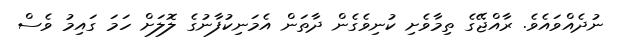
ނުދެއްވައެވެ. ރާއްޖޭގެ ތިމާވެށި ކުނިވެގެން ދާތަން އެމަނިކުފާނުގެ ލޮލަށް ހަމަ ގައިމު ވެސް